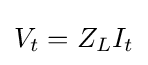
V_{t}=Z_{L}I_{t}